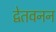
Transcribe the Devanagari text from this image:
द्वेतवनन